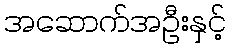
အဆောက်အဦးနှင့်